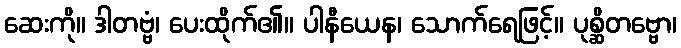
ဆေးကို။ ဒါတဗ္ဗံ၊ ပေးထိုက်၏။ ပါနီယေန၊ သောက်ရေဖြင့်။ ပုစ္ဆိတဗ္ဗော၊